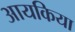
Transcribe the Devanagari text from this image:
आयकिया